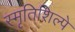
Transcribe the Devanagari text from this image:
स्मृतिशिल्पे